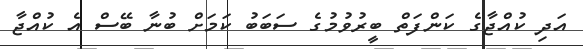
އަދި ކުއްޖާގެ ކަންފަތް ބީރުވުމުގެ ސަބަބު ކަމަށް ބުނާ ބޭސް އެ ކުއްޖާ